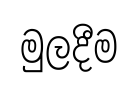
මුලදීම